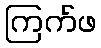
ကြက်ဖ